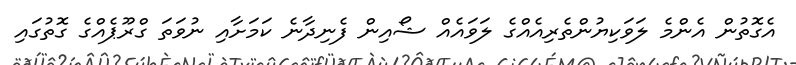
އެގޮތުން އެންމެ ލަވަކިޔުންތެރިއެއްގެ ލަވައެއް ޝޯއިން ފެނިދާނެ ކަމަށާއި ނުވަތަ ގްރޫޕެއްގެ ގޮތުގައި